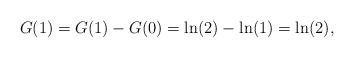
LaTeX: \begin{align*} G(1) = G(1) - G(0) = \ln(2) - \ln(1) = \ln(2), \end{align*}